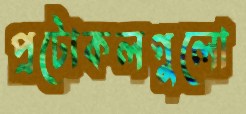
প্রটোকলগুলো